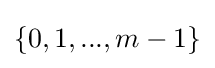
\{0,1,...,m-1\}